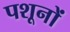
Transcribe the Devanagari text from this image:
पशूनों